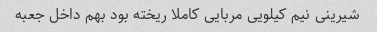
شیرینی نیم کیلویی مربایی کاملا ریخته بود بهم داخل جعبه